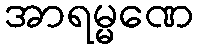
အာရမ္မဏေ